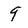
Character: 9